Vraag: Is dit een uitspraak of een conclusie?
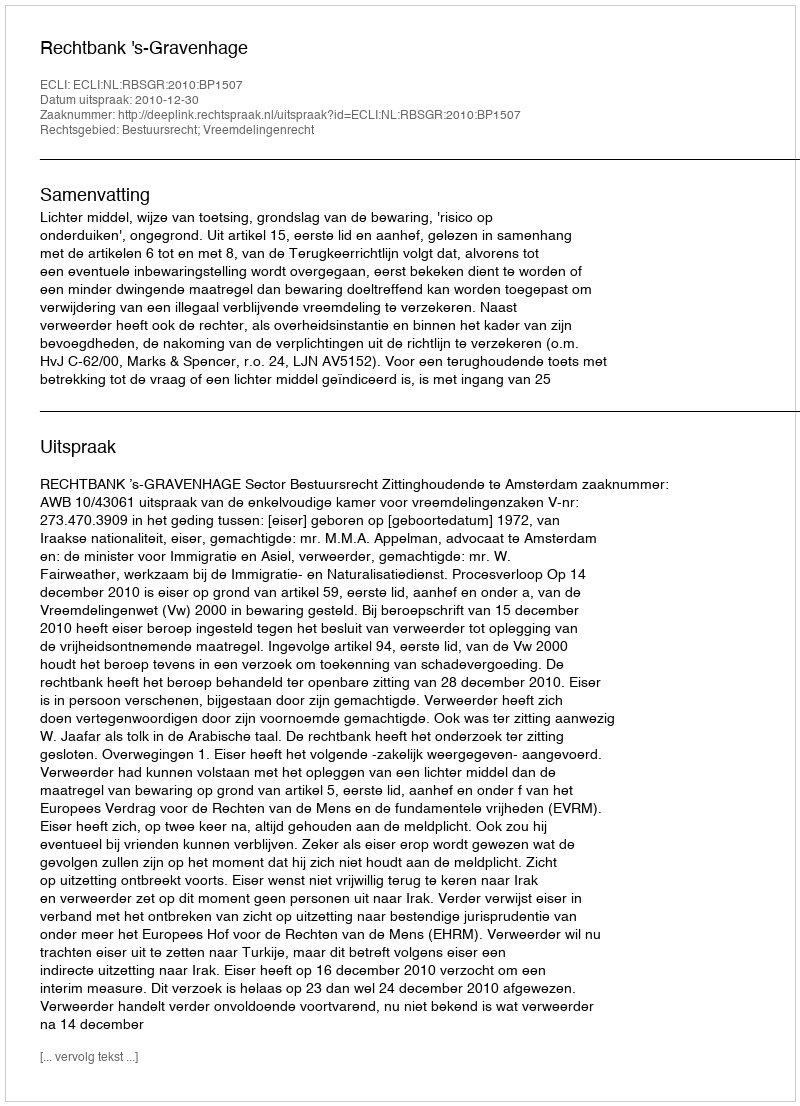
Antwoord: Uitspraak